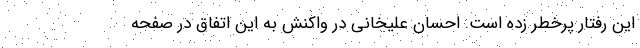
این رفتار پرخطر زده است. احسان علیخانی در واکنش به این اتفاق در صفحه